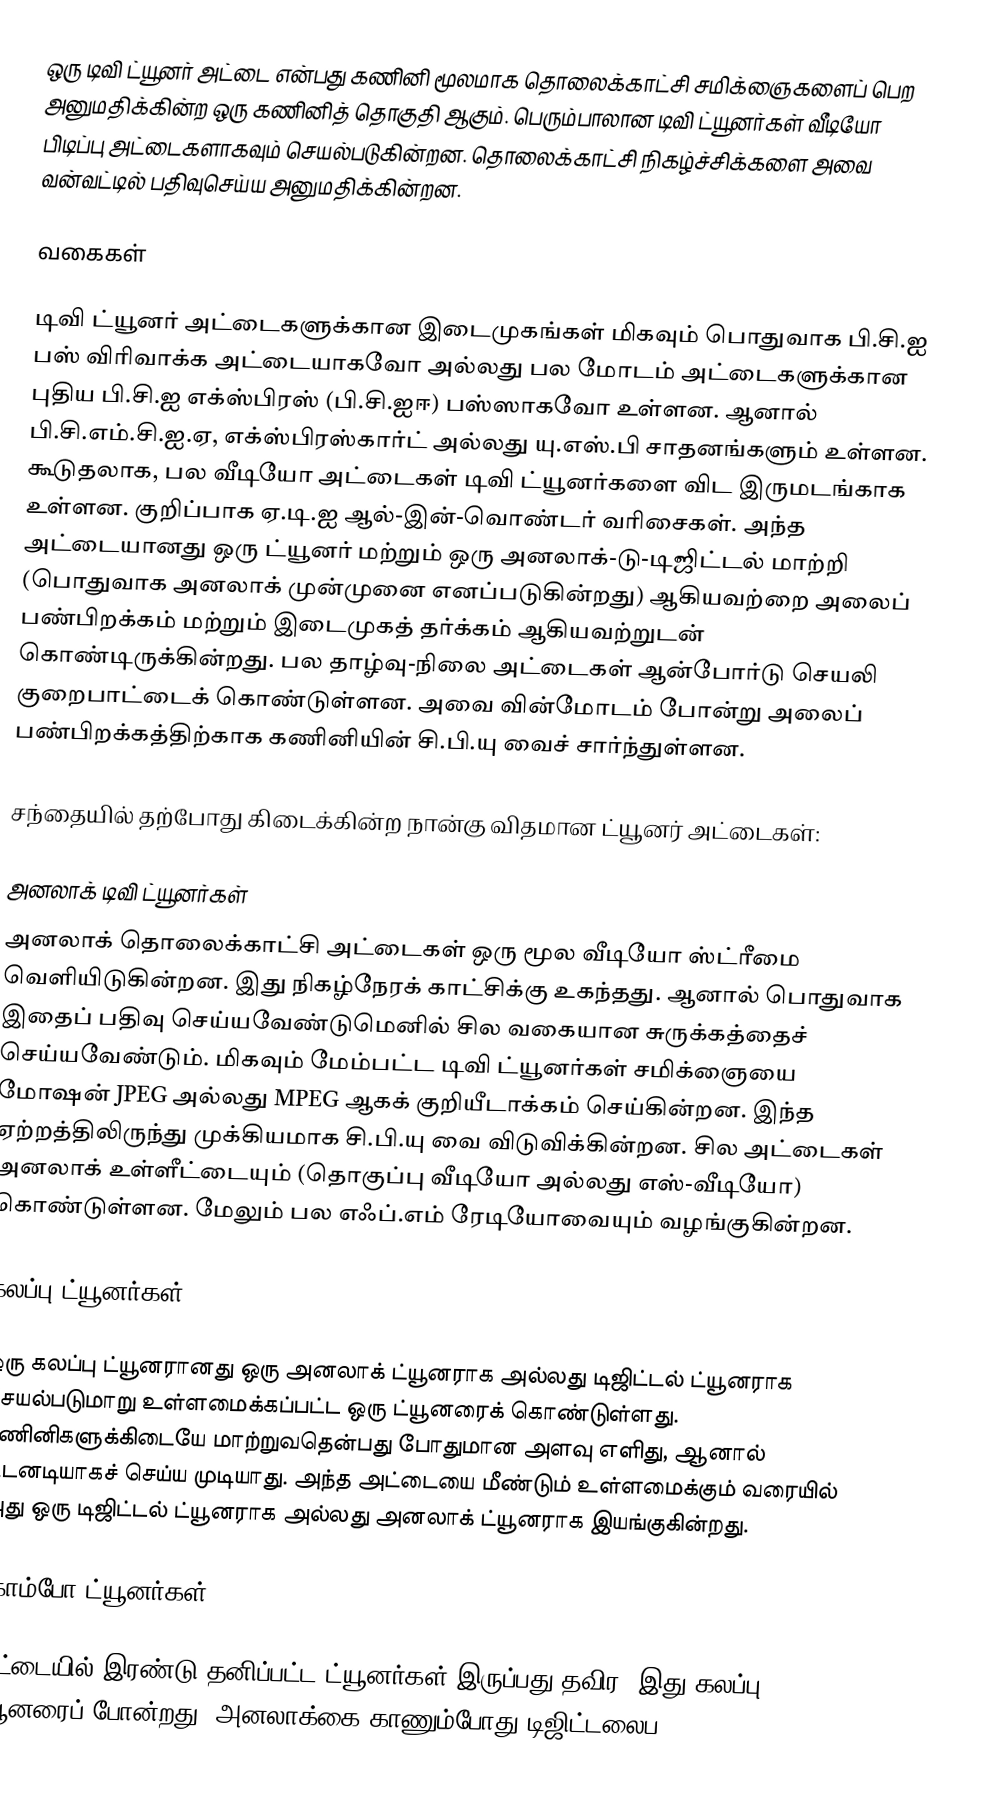
ஒரு டிவி ட்யூனர் அட்டை  என்பது கணினி மூலமாக தொலைக்காட்சி சமிக்ஞைகளைப் பெற அனுமதிக்கின்ற ஒரு கணினித் தொகுதி ஆகும். பெரும்பாலான டிவி ட்யூனர்கள் வீடியோ பிடிப்பு அட்டைகளாகவும் செயல்படுகின்றன. தொலைக்காட்சி நிகழ்ச்சிக்களை அவை வன்வட்டில் பதிவுசெய்ய அனுமதிக்கின்றன.

வகைகள்

 டிவி ட்யூனர் அட்டைகளுக்கான இடைமுகங்கள் மிகவும் பொதுவாக பி.சி.ஐ பஸ் விரிவாக்க அட்டையாகவோ அல்லது பல மோடம் அட்டைகளுக்கான புதிய பி.சி.ஐ எக்ஸ்பிரஸ் (பி.சி.ஐஈ) பஸ்ஸாகவோ உள்ளன. ஆனால் பி.சி.எம்.சி.ஐ.ஏ, எக்ஸ்பிரஸ்கார்ட் அல்லது யு.எஸ்.பி சாதனங்களும் உள்ளன. கூடுதலாக, பல வீடியோ அட்டைகள் டிவி ட்யூனர்களை விட இருமடங்காக உள்ளன. குறிப்பாக ஏ.டி.ஐ ஆல்-இன்-வொண்டர் வரிசைகள். அந்த அட்டையானது ஒரு ட்யூனர் மற்றும் ஒரு அனலாக்-டு-டிஜிட்டல் மாற்றி (பொதுவாக அனலாக் முன்முனை எனப்படுகின்றது) ஆகியவற்றை அலைப் பண்பிறக்கம் மற்றும் இடைமுகத் தர்க்கம் ஆகியவற்றுடன் கொண்டிருக்கின்றது. பல தாழ்வு-நிலை அட்டைகள் ஆன்போர்டு செயலி குறைபாட்டைக் கொண்டுள்ளன. அவை வின்மோடம் போன்று அலைப் பண்பிறக்கத்திற்காக கணினியின் சி.பி.யு வைச் சார்ந்துள்ளன.

சந்தையில் தற்போது கிடைக்கின்ற நான்கு விதமான ட்யூனர் அட்டைகள்:

அனலாக் டிவி ட்யூனர்கள்
அனலாக் தொலைக்காட்சி அட்டைகள் ஒரு மூல வீடியோ ஸ்ட்ரீமை வெளியிடுகின்றன. இது நிகழ்நேரக் காட்சிக்கு உகந்தது. ஆனால் பொதுவாக இதைப் பதிவு செய்யவேண்டுமெனில் சில வகையான சுருக்கத்தைச் செய்யவேண்டும். மிகவும் மேம்பட்ட டிவி ட்யூனர்கள் சமிக்ஞையை மோஷன் JPEG அல்லது MPEG ஆகக் குறியீடாக்கம் செய்கின்றன. இந்த ஏற்றத்திலிருந்து முக்கியமாக சி.பி.யு வை விடுவிக்கின்றன. சில அட்டைகள் அனலாக் உள்ளீட்டையும் (தொகுப்பு வீடியோ அல்லது எஸ்-வீடியோ) கொண்டுள்ளன. மேலும் பல எஃப்.எம் ரேடியோவையும் வழங்குகின்றன.

கலப்பு ட்யூனர்கள்

ஒரு கலப்பு ட்யூனரானது ஒரு அனலாக் ட்யூனராக அல்லது டிஜிட்டல் ட்யூனராக செயல்படுமாறு உள்ளமைக்கப்பட்ட ஒரு ட்யூனரைக் கொண்டுள்ளது. கணினிகளுக்கிடையே மாற்றுவதென்பது போதுமான அளவு எளிது, ஆனால் உடனடியாகச் செய்ய முடியாது. அந்த அட்டையை மீண்டும் உள்ளமைக்கும் வரையில் அது ஒரு டிஜிட்டல் ட்யூனராக அல்லது அனலாக் ட்யூனராக இயங்குகின்றது.

கோம்போ ட்யூனர்கள்

அட்டையில் இரண்டு தனிப்பட்ட ட்யூனர்கள் இருப்பது தவிர, இது கலப்பு ட்யூனரைப் போன்றது. அனலாக்கை காணும்போது டிஜிட்டலைப